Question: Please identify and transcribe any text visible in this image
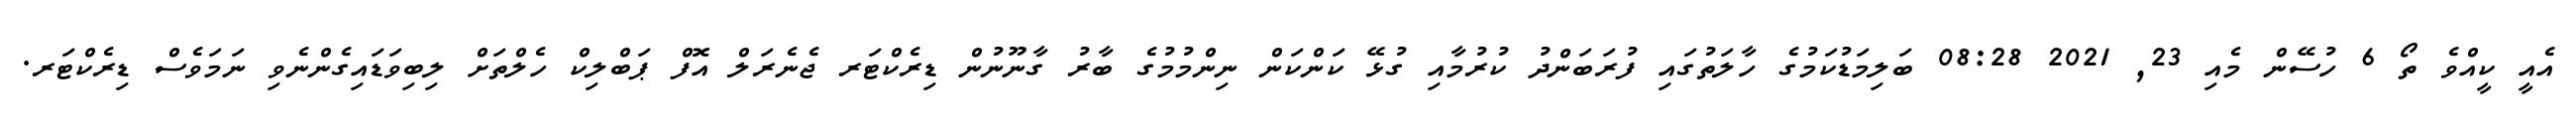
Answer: އެއީ ކީއްވެ ތޯ 6 ހުސޭން މެއި 23, 2021 08:28 ބަލިމަޑުކަމުގެ ހާލަތުގައި ފުރަބަންދު ކުރުމާއި ގުޅޭ ކަންކަން ނިންމުމުގެ ބާރު ގާނޫނުން ޑިރެކްޓަރ ޖެނެރަލް އޮފް ޕަބްލިކް ހެލްތަށް ލިބިވަޑައިގެންނެވި ނަމަވެސް ޑިރެކްޓަރ.